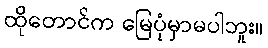
ထိုတောင်က မြေပုံမှာမပါဘူး။